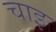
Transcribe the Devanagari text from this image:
चाइ